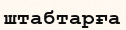
штабтарға